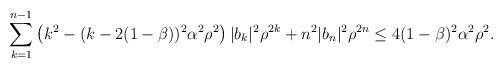
LaTeX: \begin{align*}\sum_{k=1}^{n-1} \left(k^2-(k-2(1-\beta))^2 \alpha^2{\rho}^2 \right)|b_k|^2{\rho}^{2k}+n^2|b_n|^2{\rho}^{2n}\leq 4(1-\beta)^2\alpha^2 \rho^2.\end{align*}